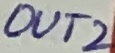
Text: OUT2